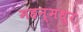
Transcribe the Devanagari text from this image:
महन्मधुर